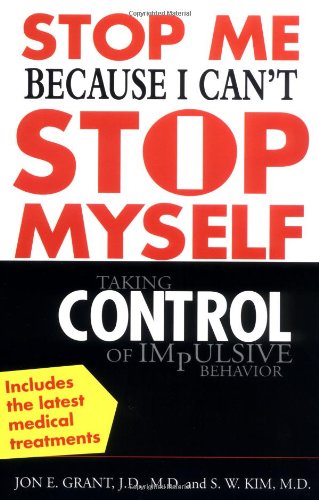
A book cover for Stop Me Because I Can't Stop Myself : Taking Control of Impulsive Behavior; Jon Grant; Health, Fitness & Dieting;